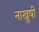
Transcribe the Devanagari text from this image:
नाखुषी